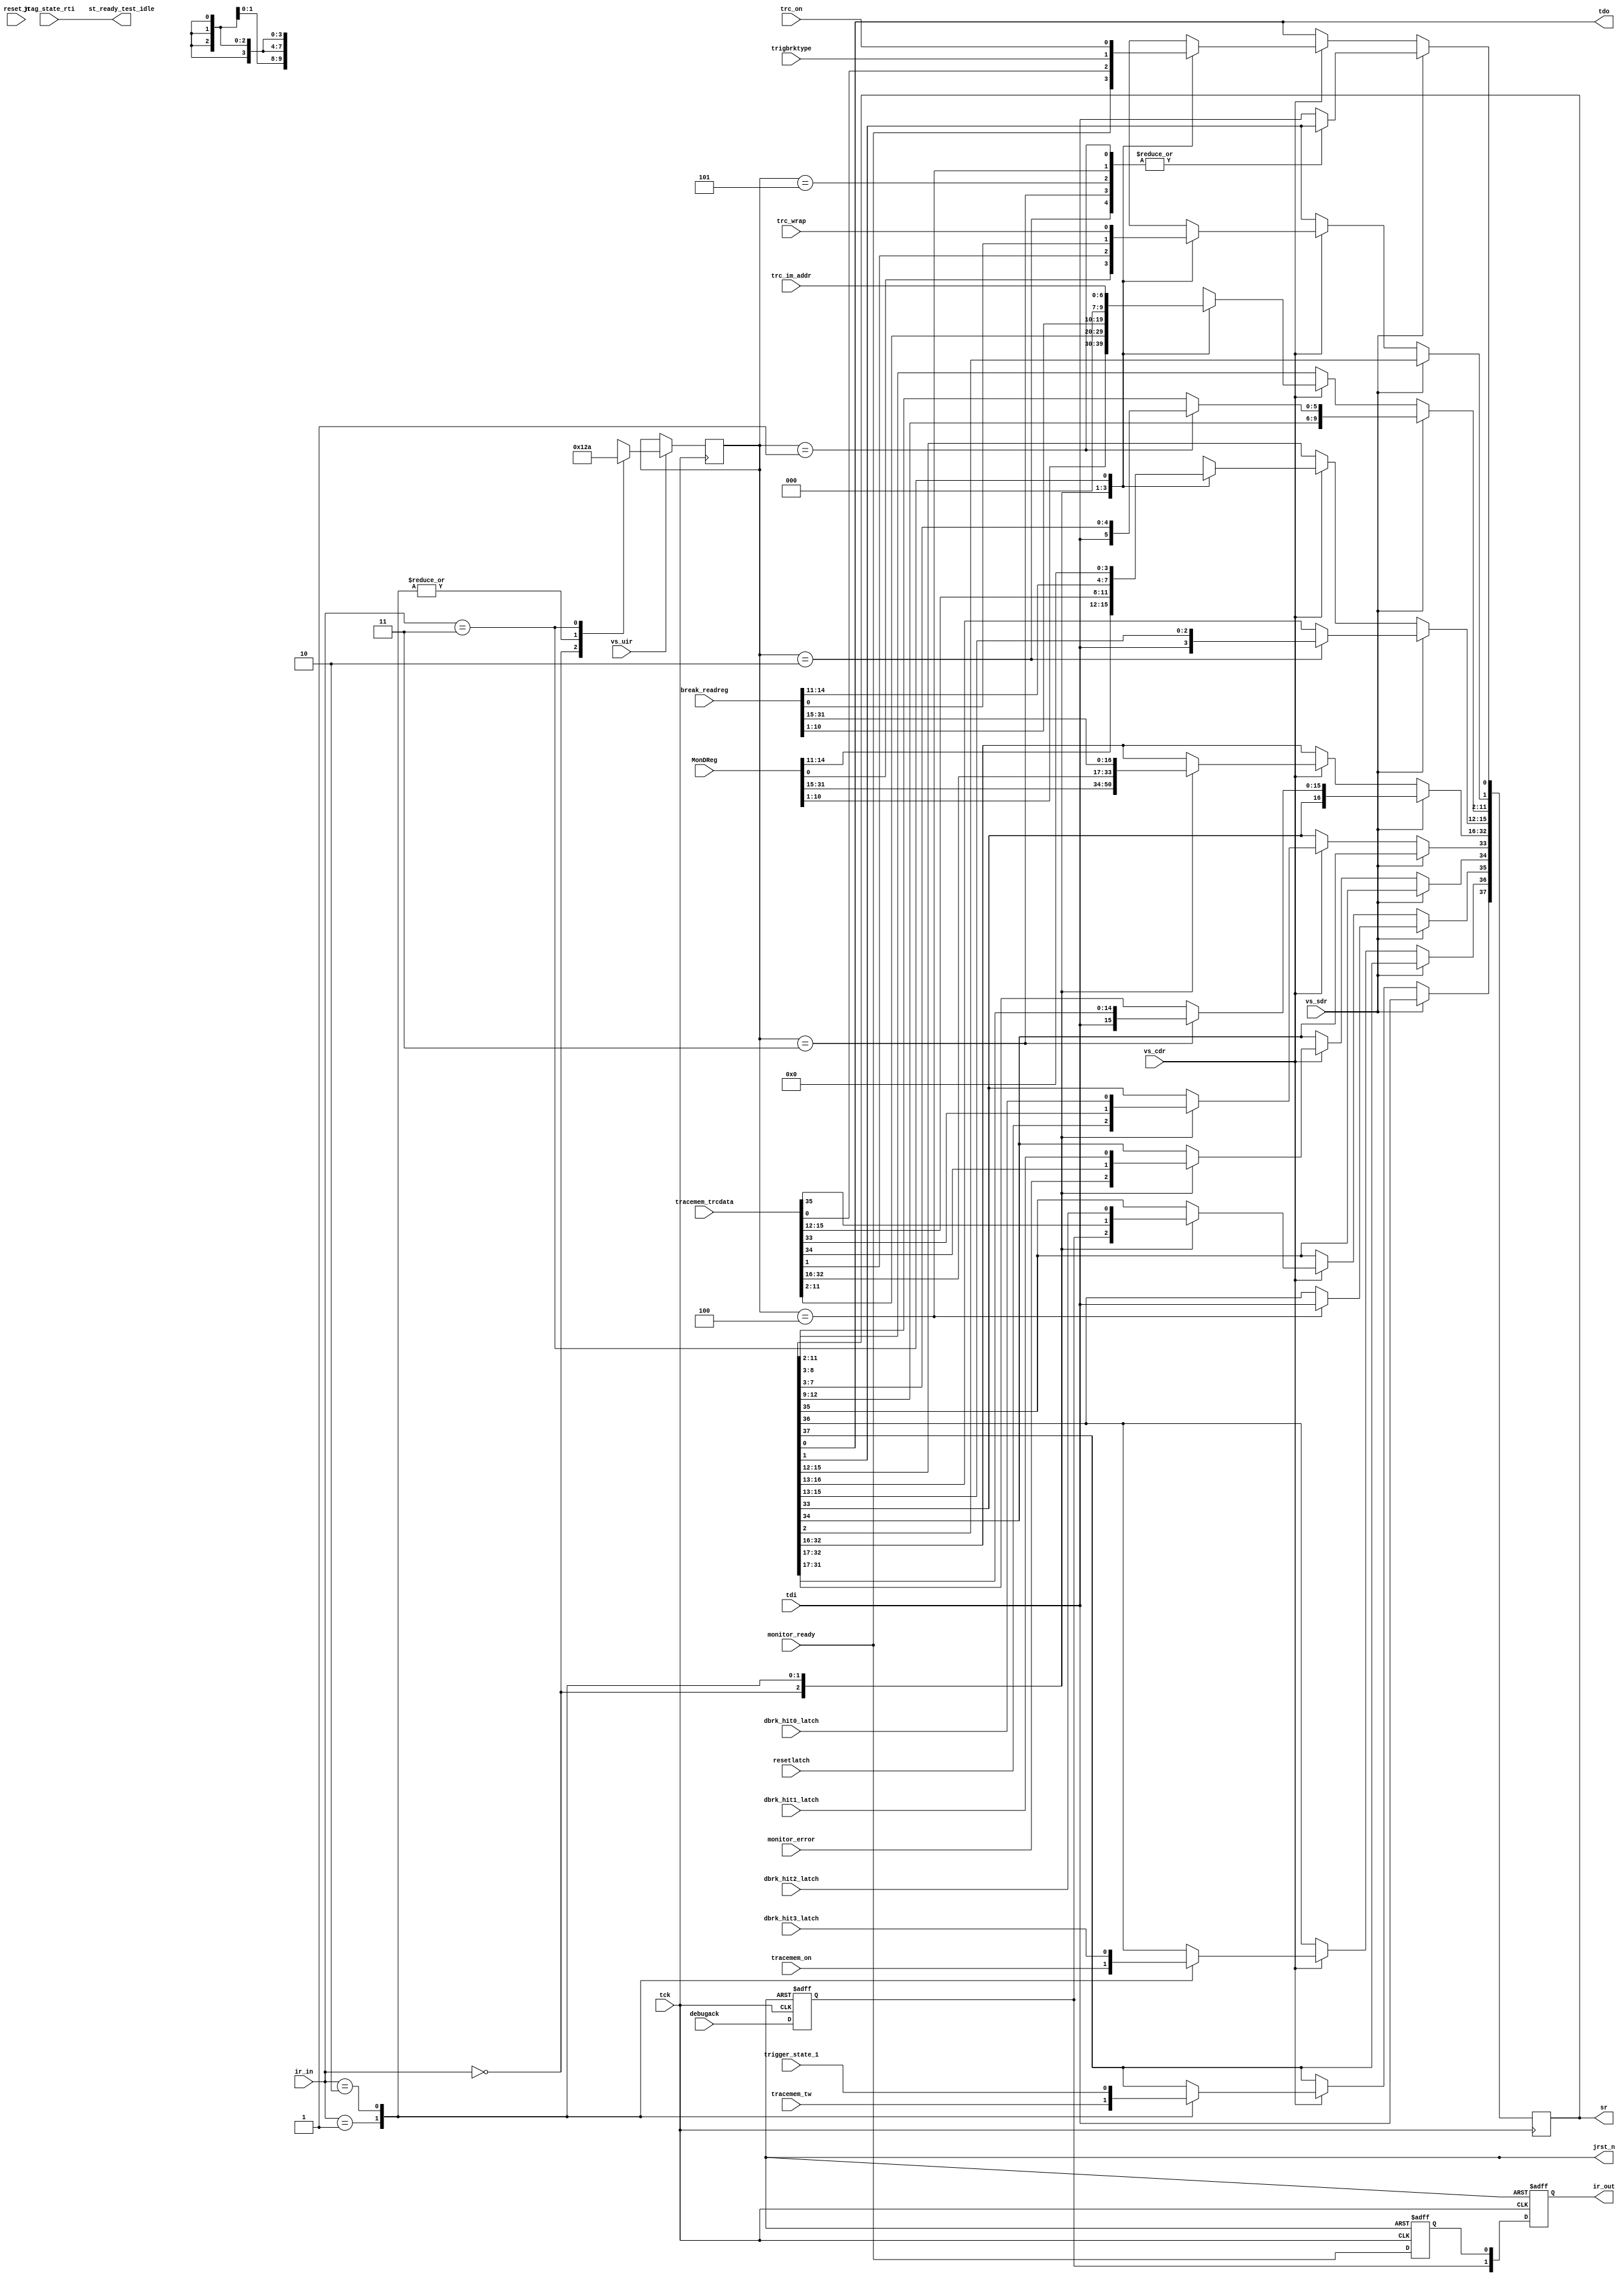
//Legal Notice: (C)2009 Altera Corporation. All rights reserved.  Your
//use of Altera Corporation's design tools, logic functions and other
//software and tools, and its AMPP partner logic functions, and any
//output files any of the foregoing (including device programming or
//simulation files), and any associated documentation or information are
//expressly subject to the terms and conditions of the Altera Program
//License Subscription Agreement or other applicable license agreement,
//including, without limitation, that your use is for the sole purpose
//of programming logic devices manufactured by Altera and sold by Altera
//or its authorized distributors.  Please refer to the applicable
//agreement for further details.


// turn off superfluous verilog processor warnings 
// altera message_level Level1 
// altera message_off 10034 10035 10036 10037 10230 10240 10030 

module cpu_jtag_debug_module_tck (
                                   // inputs:
                                    MonDReg,
                                    break_readreg,
                                    dbrk_hit0_latch,
                                    dbrk_hit1_latch,
                                    dbrk_hit2_latch,
                                    dbrk_hit3_latch,
                                    debugack,
                                    ir_in,
                                    jtag_state_rti,
                                    monitor_error,
                                    monitor_ready,
                                    reset_n,
                                    resetlatch,
                                    tck,
                                    tdi,
                                    tracemem_on,
                                    tracemem_trcdata,
                                    tracemem_tw,
                                    trc_im_addr,
                                    trc_on,
                                    trc_wrap,
                                    trigbrktype,
                                    trigger_state_1,
                                    vs_cdr,
                                    vs_sdr,
                                    vs_uir,

                                   // outputs:
                                    ir_out,
                                    jrst_n,
                                    sr,
                                    st_ready_test_idle,
                                    tdo
                                 )
;

  output  [  1: 0] ir_out;
  output           jrst_n;
  output  [ 37: 0] sr;
  output           st_ready_test_idle;
  output           tdo;
  input   [ 31: 0] MonDReg;
  input   [ 31: 0] break_readreg;
  input            dbrk_hit0_latch;
  input            dbrk_hit1_latch;
  input            dbrk_hit2_latch;
  input            dbrk_hit3_latch;
  input            debugack;
  input   [  1: 0] ir_in;
  input            jtag_state_rti;
  input            monitor_error;
  input            monitor_ready;
  input            reset_n;
  input            resetlatch;
  input            tck;
  input            tdi;
  input            tracemem_on;
  input   [ 35: 0] tracemem_trcdata;
  input            tracemem_tw;
  input   [  6: 0] trc_im_addr;
  input            trc_on;
  input            trc_wrap;
  input            trigbrktype;
  input            trigger_state_1;
  input            vs_cdr;
  input            vs_sdr;
  input            vs_uir;

  reg     [  2: 0] DRsize /* synthesis ALTERA_ATTRIBUTE = "SUPPRESS_DA_RULE_INTERNAL=\"D101,D103,R101\""  */;
  reg              debugack_sync1 /* synthesis ALTERA_ATTRIBUTE = "SUPPRESS_DA_RULE_INTERNAL=\"D101,D103\""  */;
  reg     [  1: 0] ir_out /* synthesis ALTERA_ATTRIBUTE = "SUPPRESS_DA_RULE_INTERNAL=\"D101,D103\""  */;
  wire             jrst_n;
  reg              monitor_ready_sync1 /* synthesis ALTERA_ATTRIBUTE = "SUPPRESS_DA_RULE_INTERNAL=\"D101,D103\""  */;
  reg     [ 37: 0] sr /* synthesis ALTERA_ATTRIBUTE = "SUPPRESS_DA_RULE_INTERNAL=\"D101,D103,R101\""  */;
  wire             st_ready_test_idle;
  wire             tdo;
  always @(posedge tck)
    begin
      if (vs_cdr)
          case (ir_in)
          
              2'b00: begin
                  sr[35] <= debugack_sync1;
                  sr[34] <= monitor_error;
                  sr[33] <= resetlatch;
                  sr[32 : 1] <= MonDReg;
                  sr[0] <= monitor_ready;
              end // 2'b00 
          
              2'b01: begin
                  sr[35 : 0] <= tracemem_trcdata;
                  sr[37] <= tracemem_tw;
                  sr[36] <= tracemem_on;
              end // 2'b01 
          
              2'b10: begin
                  sr[37] <= trigger_state_1;
                  sr[36] <= dbrk_hit3_latch;
                  sr[35] <= dbrk_hit2_latch;
                  sr[34] <= dbrk_hit1_latch;
                  sr[33] <= dbrk_hit0_latch;
                  sr[32 : 1] <= break_readreg;
                  sr[0] <= trigbrktype;
              end // 2'b10 
          
              2'b11: begin
                  sr[15 : 12] <= 1'b0;
                  sr[11 : 2] <= trc_im_addr;
                  sr[1] <= trc_wrap;
                  sr[0] <= trc_on;
              end // 2'b11 
          
          endcase // ir_in
      if (vs_sdr)
          case (DRsize)
          
              3'b000: begin
                  sr <= {tdi, sr[37 : 2], tdi};
              end // 3'b000 
          
              3'b001: begin
                  sr <= {tdi, sr[37 : 9], tdi, sr[7 : 1]};
              end // 3'b001 
          
              3'b010: begin
                  sr <= {tdi, sr[37 : 17], tdi, sr[15 : 1]};
              end // 3'b010 
          
              3'b011: begin
                  sr <= {tdi, sr[37 : 33], tdi, sr[31 : 1]};
              end // 3'b011 
          
              3'b100: begin
                  sr <= {tdi, sr[37],         tdi, sr[35 : 1]};
              end // 3'b100 
          
              3'b101: begin
                  sr <= {tdi, sr[37 : 1]};
              end // 3'b101 
          
              default: begin
                  sr <= {tdi, sr[37 : 2], tdi};
              end // default
          
          endcase // DRsize
      if (vs_uir)
          case (ir_in)
          
              2'b00: begin
                  DRsize <= 3'b100;
              end // 2'b00 
          
              2'b01: begin
                  DRsize <= 3'b101;
              end // 2'b01 
          
              2'b10: begin
                  DRsize <= 3'b101;
              end // 2'b10 
          
              2'b11: begin
                  DRsize <= 3'b010;
              end // 2'b11 
          
          endcase // ir_in
    end


  assign tdo = sr[0];
  assign st_ready_test_idle = jtag_state_rti;
  always @(posedge tck or negedge jrst_n)
    begin
      if (jrst_n == 0)
        begin
          debugack_sync1 <= 0;
          monitor_ready_sync1 <= 0;
          ir_out <= 2'b0;
        end
      else 
        begin
          debugack_sync1 <= debugack;
          monitor_ready_sync1 <= monitor_ready;
          ir_out <= {debugack_sync1, monitor_ready_sync1};
        end
    end



//synthesis translate_off
//////////////// SIMULATION-ONLY CONTENTS
  assign jrst_n = reset_n;

//////////////// END SIMULATION-ONLY CONTENTS

//synthesis translate_on
//synthesis read_comments_as_HDL on
//  assign jrst_n = 1;
//synthesis read_comments_as_HDL off

endmodule